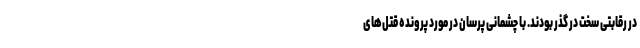
در رقابتی سخت در گذر بودند. با چشمانی پرسان در مورد پرونده قتل‌های